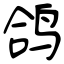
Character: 鸽